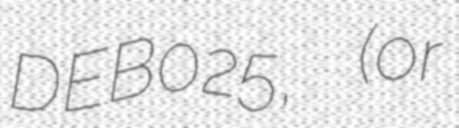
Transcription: DEB025, (or